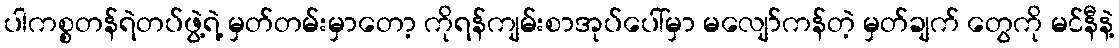
ပါကစ္စတန်ရဲတပ်ဖွဲ့ရဲ့ မှတ်တမ်းမှာတော့ ကိုရန်ကျမ်းစာအုပ်ပေါ်မှာ မလျော်ကန်တဲ့ မှတ်ချက် တွေကို မင်နီနဲ့